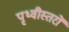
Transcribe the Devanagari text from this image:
पृथ्वीस्तरों